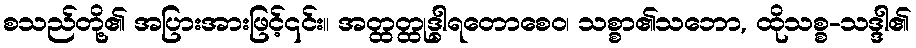
စသည်တို့၏ အပြားအားဖြင့်၎င်း။ အတ္ထတ္ထုဒ္ဓါရတောစေဝ၊ သစ္စာ၏သဘော, ထိုသစ္စ-သဒ္ဒါ၏